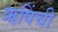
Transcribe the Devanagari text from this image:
ऋषिंची